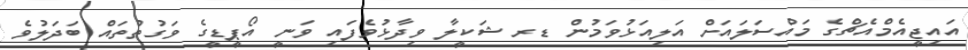
އައިޖީއެމްއެޗްގެ މައްސަލައަށް އަލިއަޅުވަމުން ޑރ ޝަކީލާ ވިދާޅުވެފައި ވަނީ އޯޕީޑީގެ ވަގުތުތައް ބަދަލުވެ